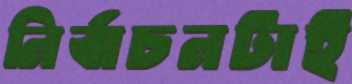
নির্বাচনটাই